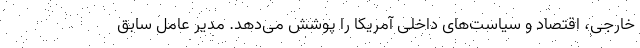
خارجی، اقتصاد و سیاست‌های داخلی آمریکا را پوشش می‌دهد. مدیر عامل سابق